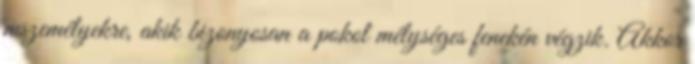
nıszemélyekre, akik bizonyosan a pokol mélységes fenekén végzik. Akkor